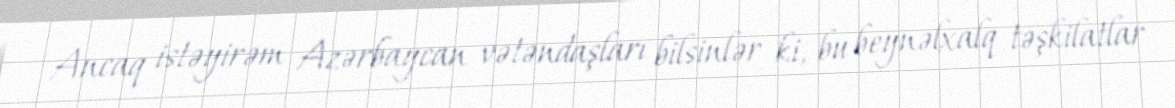
Ancaq istəyirəm Azərbaycan vətəndaşları bilsinlər ki, bu beynəlxalq təşkilatlar